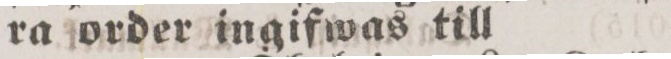
ra order ingifwas till